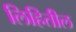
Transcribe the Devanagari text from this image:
लिहितील